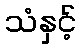
သံနှင့်